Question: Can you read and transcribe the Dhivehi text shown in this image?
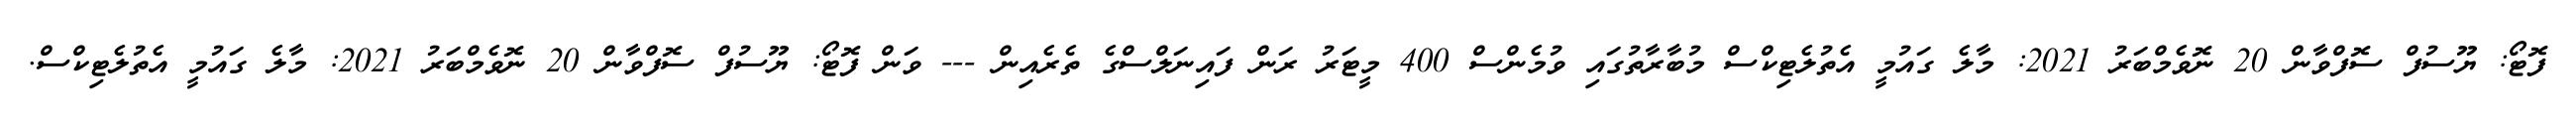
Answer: ފޮޓޯ: ޔޫސުފް ސޮފްވާން 20 ނޮވެމްބަރު 2021: މާލެ ގައުމީ އެތުލެޓިކްސް މުބާރާތުގައި ވުމެންސް 400 މީޓަރު ރަން ފައިނަލްސްގެ ތެރެއިން --- ވަން ފޮޓޯ: ޔޫސުފް ސޮފްވާން 20 ނޮވެމްބަރު 2021: މާލެ ގައުމީ އެތުލެޓިކްސް.